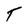
Character: T